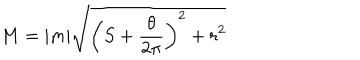
M = | m | \sqrt { \left( S + \frac { \theta } { 2 \pi } \right) ^ { 2 } + r ^ { 2 } }